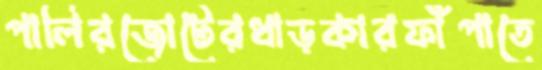
পালিরজোটেরধাড়কারফাঁপাতে